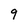
Character: 9